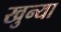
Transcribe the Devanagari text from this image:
खुन्या